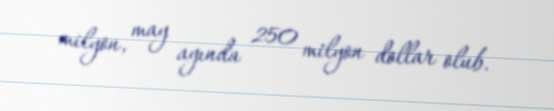
milyon, may ayında 250 milyon dollar olub.